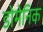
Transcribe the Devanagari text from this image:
डोमेनिक